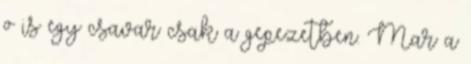
o is egy csavar csak a gepezetben. Mar a